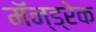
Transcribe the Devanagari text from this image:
मॅन्ड्रेक